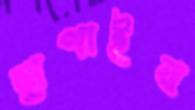
ছাপাইব